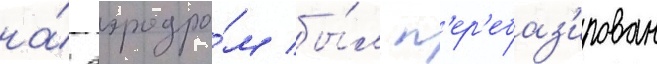
на́ аэродро́м бы́л п'ер'ебаз'ирован